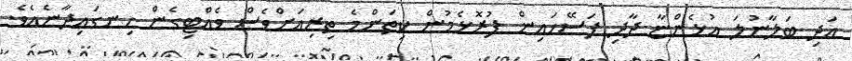
އަދި ބަލާނުލަ އުޅެންޏާ ދާދި ފަސޭހައިން ފުރޮޅެމުން ކިތަންމެ ތިރިއަށްވެސް ވެއްޓިގެން ހިނގައިދާނެއެވެ.